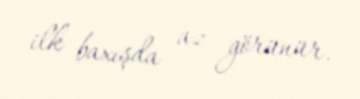
ilk baxışda az görünür.